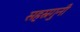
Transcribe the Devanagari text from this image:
सहस्रगुनी